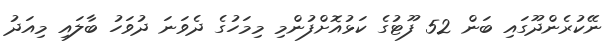
ނޭކުރެންދޫގައި ބަން 52 ފޫޓުގެ ކަޅުއޮށްފުންމި މިމަހުގެ ދެވަނަ ދުވަހު ބާލައި މިއަދު